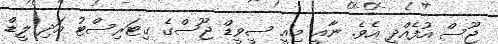
ޖޫސް އުފެއްދީ އެވެ. ނާއީ މިއީ ސީވީޑް ޖޫސްގެ ގިޓަރިސްޓު އަދި ލީޑް